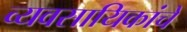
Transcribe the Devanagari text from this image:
व्यवसायिकांचे